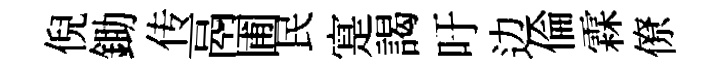
倪鋤传鬲圃民寔謁吁边倫霖僚